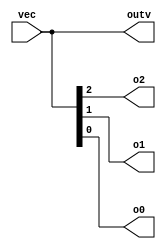
module top_module ( 
    input wire [2:0] vec,
    output wire [2:0] outv,
    output wire o2,
    output wire o1,
    output wire o0  ); // Module body starts after module declaration

    assign outv = vec;   // Assigned entire outv to vec
    assign o0 = vec[0];            // Assigned o0 to zero index position
    assign o1 = vec[1];            // Assigned o1 to first index position
    assign o2 = vec[2];            // Assigned o2 to second index position
    
endmodule